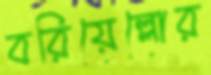
বরিয়েল্লোর